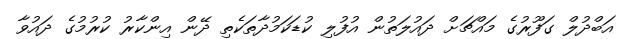
އަބްދުލް ގަފޫރުގެ މައްޗަށް ދައުލަތުން އުފުލި ކުޑަކަމުދާތަކެތި ދޭން އިންކާރު ކުރުމުގެ ދައުވާ